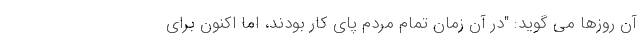
آن روزها می گوید: "در آن زمان تمام مردم پای کار بودند، اما اکنون برای